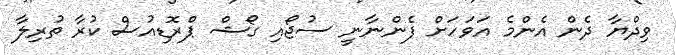
ވިދްޔާ ދެން އެންމެ އަވަހަށް ފެންނާނީ ސުޖޯއި ގޯޝް ޕްރޮޑިއުސް ކުރާ ތުރިލާ